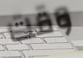
وقت